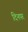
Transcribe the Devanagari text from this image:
दिनपर